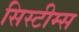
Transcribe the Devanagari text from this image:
सिस्टीम्स